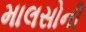
માલસોની